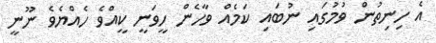
އެ ހިނިތުން ވުމުގައި ނުބައި ކަމެއް ވާހެން ހީވަނީ ކީއްވެ ހެއްޔެވެ ނޫނީ